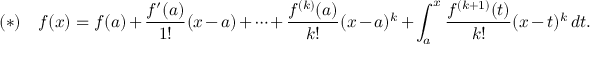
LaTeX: ( * ) \quad f ( x ) = f ( a ) + { \frac { f ^ { \prime } ( a ) } { 1 ! } } ( x - a ) + \cdots + { \frac { f ^ { ( k ) } ( a ) } { k ! } } ( x - a ) ^ { k } + \int _ { a } ^ { x } { \frac { f ^ { ( k + 1 ) } ( t ) } { k ! } } ( x - t ) ^ { k } \, d t .